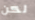
لكن